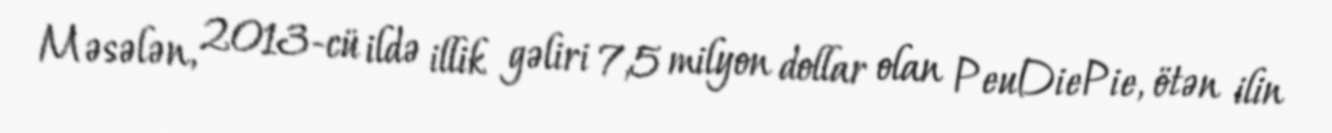
Məsələn, 2013-cü ildə illik gəliri 7,5 milyon dollar olan PeuDiePie, ötən ilin